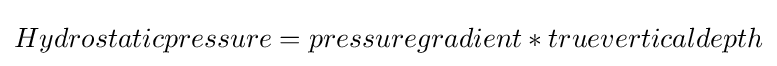
Hydrostaticpressure=pressuregradient*trueverticaldepth